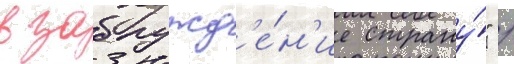
в заблужд'е́н'ие страну́" /